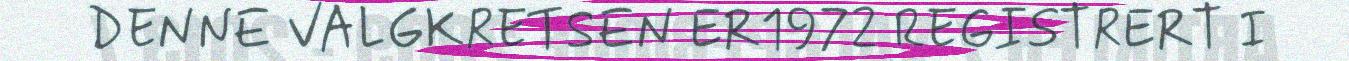
DENNE VALGKRETSEN ER1972 REGISTRERT I